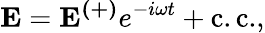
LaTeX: \mathbf{E}=\mathbf{E^{(+)}}e^{-i\omega t}+\mathrm{c.c.},